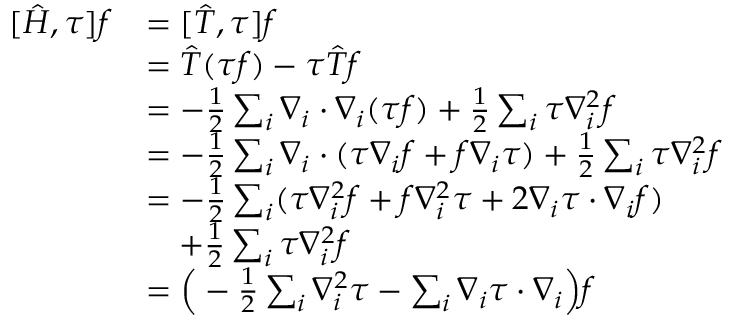
\begin{array} { r l } { [ \hat { H } , \tau ] f } & { = [ \hat { T } , \tau ] f } \\ & { = \hat { T } ( \tau f ) - \tau \hat { T } f } \\ & { = - \frac { 1 } { 2 } \sum _ { i } \boldsymbol { \nabla } _ { i } \cdot \boldsymbol { \nabla } _ { i } ( \tau f ) + \frac { 1 } { 2 } \sum _ { i } \tau \nabla _ { i } ^ { 2 } f } \\ & { = - \frac { 1 } { 2 } \sum _ { i } \boldsymbol { \nabla } _ { i } \cdot ( \tau \boldsymbol { \nabla } _ { i } f + f \boldsymbol { \nabla } _ { i } \tau ) + \frac { 1 } { 2 } \sum _ { i } \tau \nabla _ { i } ^ { 2 } f } \\ & { = - \frac { 1 } { 2 } \sum _ { i } ( \tau \nabla _ { i } ^ { 2 } f + f \nabla _ { i } ^ { 2 } \tau + 2 \boldsymbol { \nabla } _ { i } \tau \cdot \boldsymbol { \nabla } _ { i } f ) } \\ & { \quad + \frac { 1 } { 2 } \sum _ { i } \tau \nabla _ { i } ^ { 2 } f } \\ & { = \Big ( - \frac { 1 } { 2 } \sum _ { i } \nabla _ { i } ^ { 2 } \tau - \sum _ { i } \boldsymbol { \nabla } _ { i } \tau \cdot \boldsymbol { \nabla } _ { i } \Big ) f } \end{array}